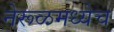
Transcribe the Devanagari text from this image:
नेरूळमध्येच